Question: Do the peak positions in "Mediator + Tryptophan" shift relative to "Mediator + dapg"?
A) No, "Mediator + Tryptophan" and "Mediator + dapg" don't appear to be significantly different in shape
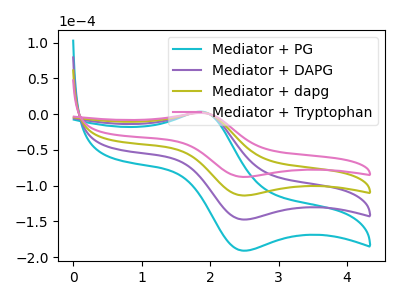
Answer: <think>The cyan curve "Mediator + PG" has an anodic peak at (1.85V, 6.10uA) and a cathodic peak at (2.45V, -341.10uA). The purple curve "Mediator + DAPG" has an anodic peak at (1.85V, 4.05uA) and a cathodic peak at (2.45V, -227.40uA). The olive curve "Mediator + dapg" has an anodic peak at (1.85V, 2.05uA) and a cathodic peak at (2.45V, -113.70uA). The pink curve "Mediator + Tryptophan" has an anodic peak at (1.85V, 1.55uA) and a cathodic peak at (2.45V, -87.75uA).
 All the peaks in "Mediator + Tryptophan" have a peak in "Mediator + dapg" at the same potential. Every peak in "Mediator + Tryptophan" is lower than every peak in "Mediator + dapg".</think>
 <answer>A) No, "Mediator + Tryptophan" and "Mediator + dapg" don't appear to be significantly different in shape</answer>
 <eval>A</eval>